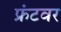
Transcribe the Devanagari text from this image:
फ्रंटवर